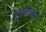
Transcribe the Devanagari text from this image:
जाइलान्ड्स